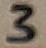
Text: 3